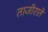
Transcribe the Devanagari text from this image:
ताजीराते